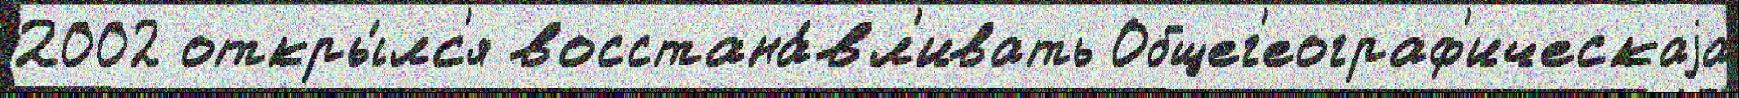
2002 откры́лс'я восстана́вл'ивать Общег'еограф'ическаjа